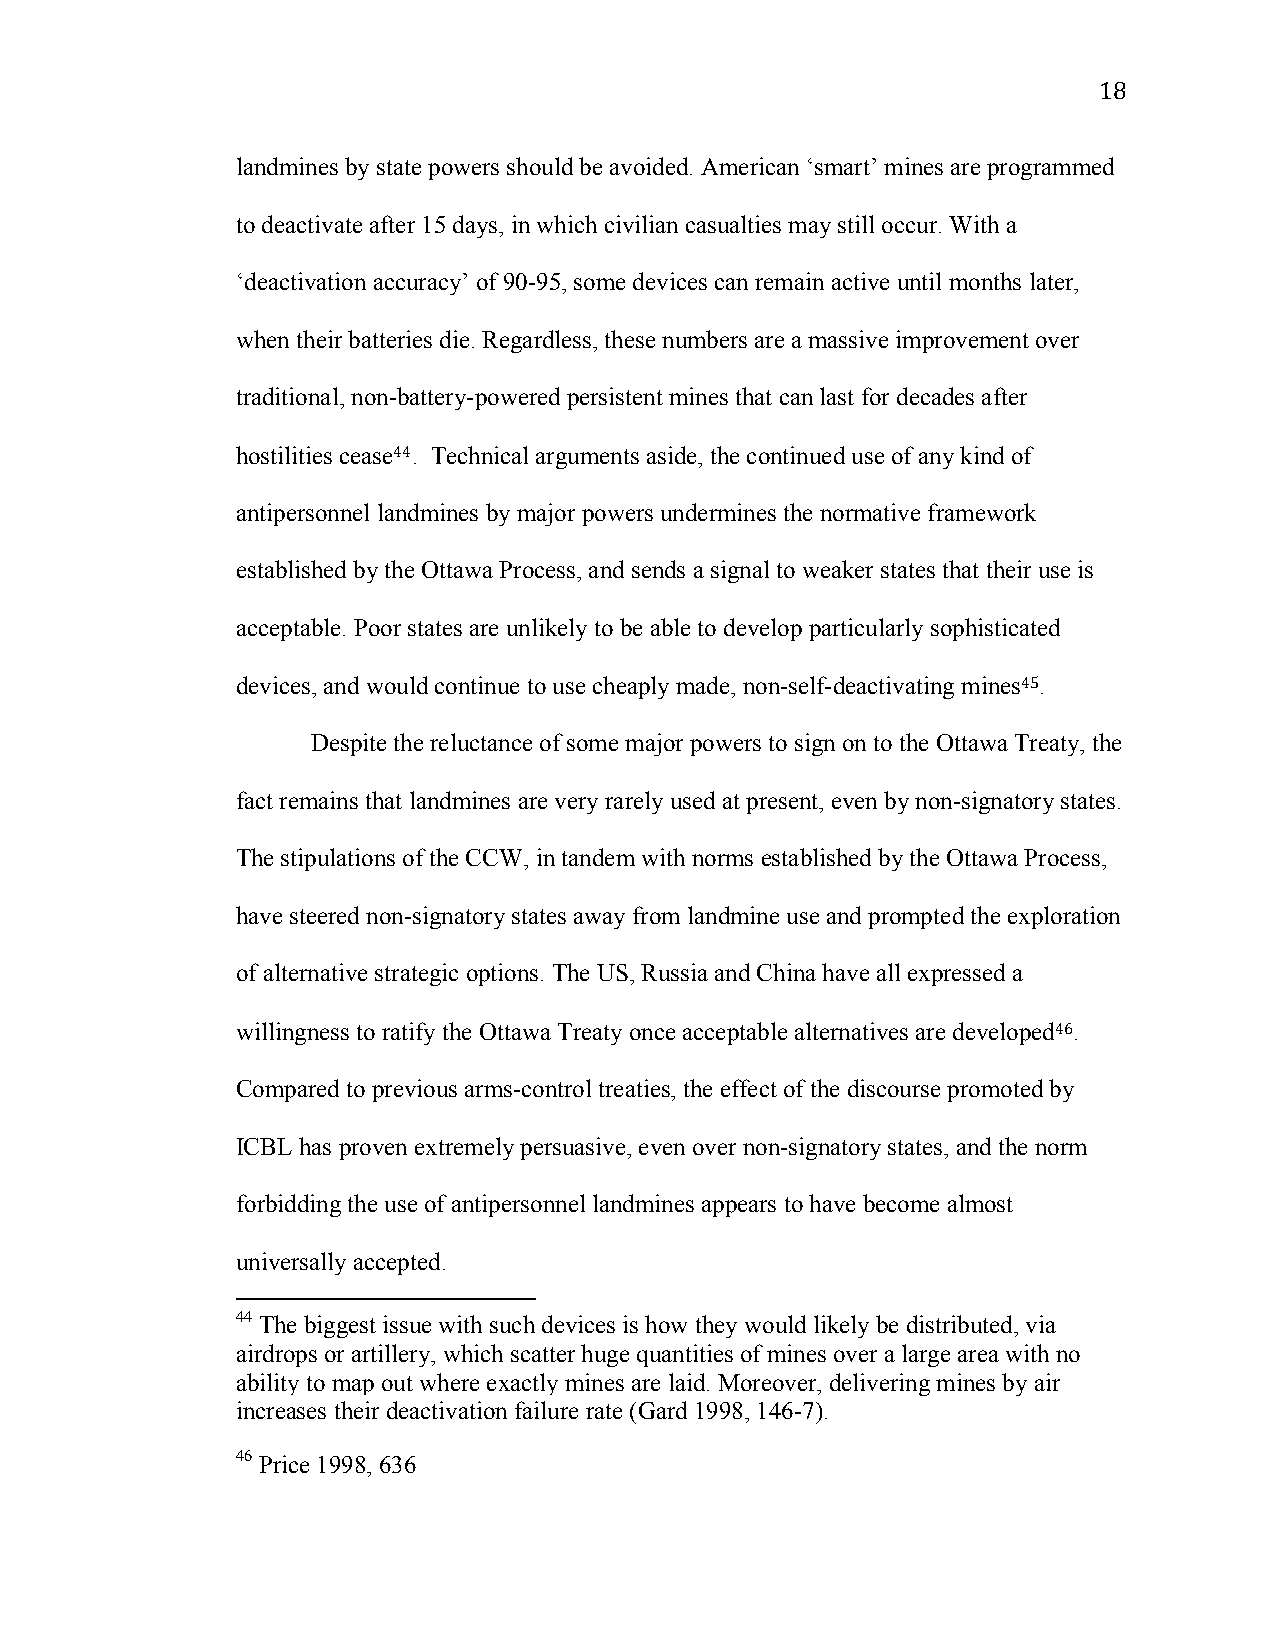
18
 landmines by state powers should be avoided. American ‘smart’ mines are programmed
 to deactivate after 15 days, in which civilian casualties may still occur. With a
 ‘deactivation accuracy’ of 90-95, some devices can remain active until months later,
 when their batteries die. Regardless, these numbers are a massive improvement over
 traditional, non-battery-powered persistent mines that can last for decades after
 hostilities cease44. Technical arguments aside, the continued use of any kind of
 antipersonnel landmines by major powers undermines the normative framework
 established by the Ottawa Process, and sends a signal to weaker states that their use is
 acceptable. Poor states are unlikely to be able to develop particularly sophisticated
 devices, and would continue to use cheaply made, non-self-deactivating mines45.
 Despite the reluctance of some major powers to sign on to the Ottawa Treaty, the
 fact remains that landmines are very rarely used at present, even by non-signatory states.
 The stipulations of the CCW, in tandem with norms established by the Ottawa Process,
 have steered non-signatory states away from landmine use and prompted the exploration
 of alternative strategic options. The US, Russia and China have all expressed a
 willingness to ratify the Ottawa Treaty once acceptable alternatives are developed46.
 Compared to previous arms-control treaties, the effect of the discourse promoted by
 ICBL has proven extremely persuasive, even over non-signatory states, and the norm
 forbidding the use of antipersonnel landmines appears to have become almost
 universally accepted.
 44 The biggest issue with such devices is how they would likely be distributed, via
 airdrops or artillery, which scatter huge quantities of mines over a large area with no
 ability to map out where exactly mines are laid. Moreover, delivering mines by air
 increases their deactivation failure rate (Gard 1998, 146-7).
 46 Price 1998, 636